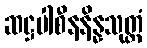
ဆဋ္ဌပါစီနနိန္နသုတ္တံ